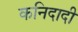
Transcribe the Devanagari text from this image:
कनिदादी